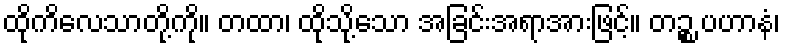
ထိုကိလေသာတို့ကို။ တထာ၊ ထိုသို့သော အခြင်းအရာအားဖြင့်။ တဉ္စ ပဟာနံ၊